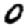
Digit: 0